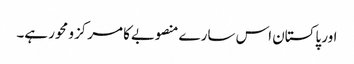
اور پاکستان اس سارے منصوبےکا مرکزو محور ہے۔